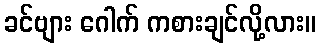
ခင်ဗျား ဂေါက် ကစားချင်လို့လား။